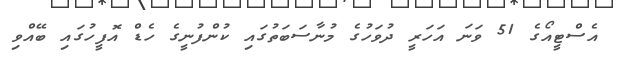
އެސްޓީއޯގެ 51 ވަނަ އަހަރީ ދުވަހުގެ މުނާސަބަތުގައި ކުންފުނީގެ ހެޑް އޮފީހުގައި ބޭއްވި